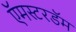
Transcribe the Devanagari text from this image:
ऍमस्टरडॅम